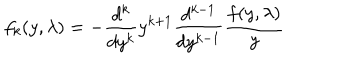
LaTeX: f _ { k } ( y , \lambda ) = - \frac { d ^ { k } } { d y ^ { k } } y ^ { k + 1 } \frac { d ^ { k - 1 } } { d y ^ { k - 1 } } \frac { f ( y , \lambda ) } { y }